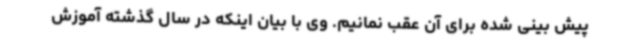
پیش بینی شده برای آن عقب نمانیم. وی با بیان اینکه در سال گذشته آموزش